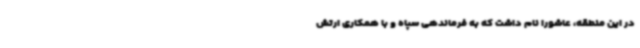
در این منطقه، عاشورا نام داشت که به فرماندهی سپاه و با همکاری ارتش